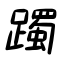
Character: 躅